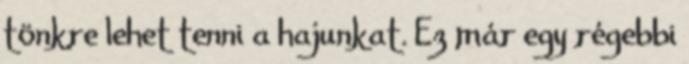
tönkre lehet tenni a hajunkat. Ez már egy régebbi